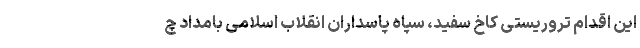
این اقدام تروریستی کاخ سفید، سپاه پاسداران انقلاب اسلامی بامداد چ